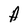
Character: A